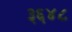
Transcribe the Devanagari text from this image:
३६४८